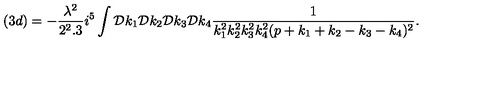
( 3 d ) = - \frac { \lambda ^ { 2 } } { 2 ^ { 2 } . 3 } i ^ { 5 } \int { \cal D } k _ { 1 } { \cal D } k _ { 2 } { \cal D } k _ { 3 } { \cal D } k _ { 4 } \frac { 1 } { k _ { 1 } ^ { 2 } k _ { 2 } ^ { 2 } k _ { 3 } ^ { 2 } k _ { 4 } ^ { 2 } ( p + k _ { 1 } + k _ { 2 } - k _ { 3 } - k _ { 4 } ) ^ { 2 } } .